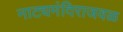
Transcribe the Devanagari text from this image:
नाट्यमंदिराजवळ